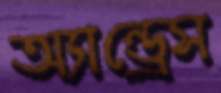
অ্যান্ড্রেস